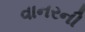
વાનરની